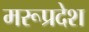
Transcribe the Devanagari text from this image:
मरूप्रदेश